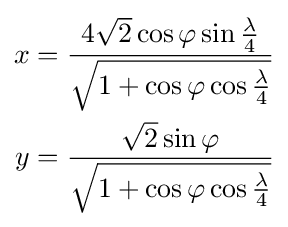
{\begin{aligned}x&={\frac {4{\sqrt {2}}\cos \varphi \sin {\frac {\lambda }{4}}}{\sqrt {1+\cos \varphi \cos {\frac {\lambda }{4}}}}}\\y&={\frac {{\sqrt {2}}\sin \varphi }{\sqrt {1+\cos \varphi \cos {\frac {\lambda }{4}}}}}\end{aligned}}